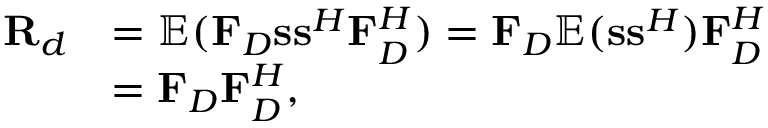
\begin{array} { r l } { { \mathbf { R } _ { d } } } & { = { \mathbb { E } } ( { \mathbf { F } _ { D } } { \mathbf { s s } ^ { H } } { \mathbf { F } } _ { D } ^ { H } ) = { \mathbf { F } _ { D } } { \mathbb { E } } ( { \mathbf { s } } { { \mathbf { s } } ^ { H } } ) { \mathbf { F } } _ { D } ^ { H } } \\ & { = { \mathbf { F } _ { D } } { \mathbf { F } } _ { D } ^ { H } , } \end{array}